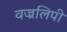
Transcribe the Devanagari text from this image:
वज्रलिपी